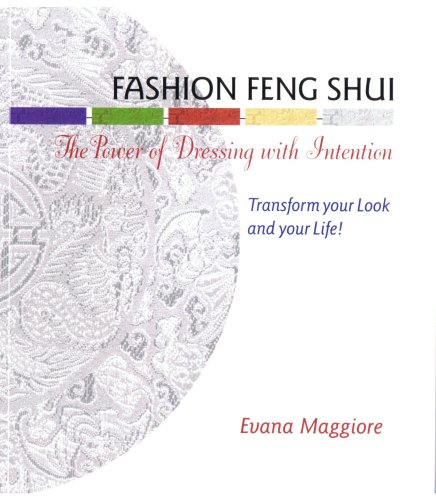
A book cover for Fashion Feng Shui: The Power of Dressing with Intention; Evana Maggiore; Religion & Spirituality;